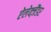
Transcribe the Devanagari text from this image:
ऐलेक्ज़ैंडर